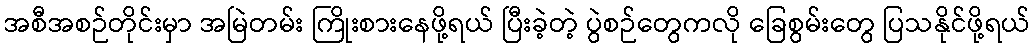
အစီအစဉ်တိုင်းမှာ အမြဲတမ်း ကြိုးစားနေဖို့ရယ် ပြီးခဲ့တဲ့ ပွဲစဉ်တွေကလို ခြေစွမ်းတွေ ပြသနိုင်ဖို့ရယ်